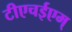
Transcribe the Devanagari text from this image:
टीएचईएम्